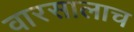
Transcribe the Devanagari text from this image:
वारसालाच